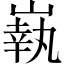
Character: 𡼈